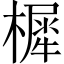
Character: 樨